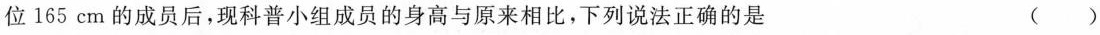
位165cm的成员后，现科普小组成员的身高与原来相比，下列说法正确的是 （）